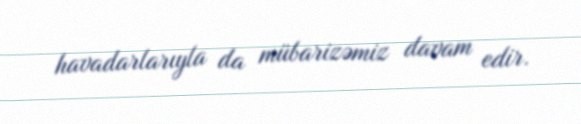
havadarlarıyla da mübarizəmiz davam edir.